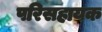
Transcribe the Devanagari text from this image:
परिसहायक